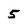
Character: 5